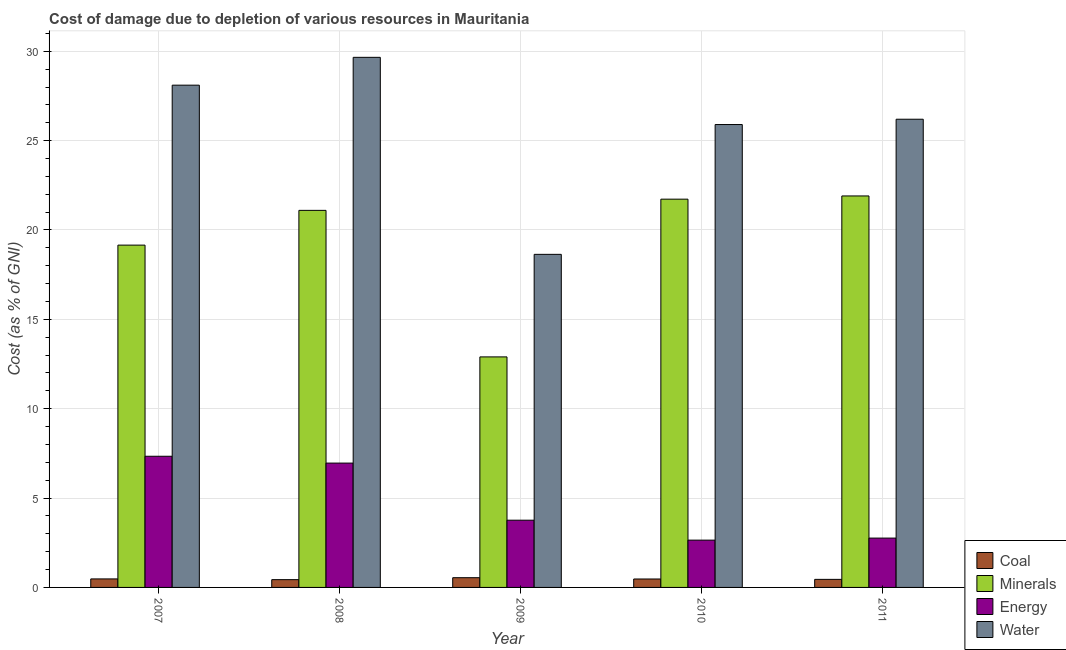
| Year | Coal | Minerals | Energy | Water |
 | --- | --- | --- | --- | --- |
 | 2007 | 0.476 | 19.2 | 7.34 | 28.1 |
 | 2008 | 0.436 | 21.1 | 6.96 | 29.7 |
 | 2009 | 0.545 | 12.9 | 3.76 | 18.6 |
 | 2010 | 0.472 | 21.7 | 2.65 | 25.9 |
 | 2011 | 0.451 | 21.9 | 2.76 | 26.2 |